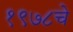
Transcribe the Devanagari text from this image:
१९७८चे